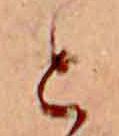
と